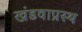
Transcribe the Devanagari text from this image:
खंडवाप्रस्थ